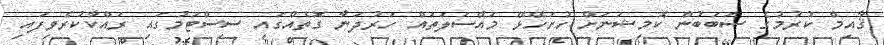
ޤާއިމް ކުރުމުގެ ސަބަބުން ކޮމިޝަނަށް ހުށަހޭޅޭ މައްސަލަތައް ހަރުދަނާ ގޮތެއްގައި ސިސްޓަމުގައި ރައްކާކުރެވިފައި